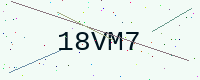
Text: 18VM7